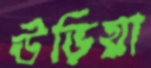
উড়িয়া